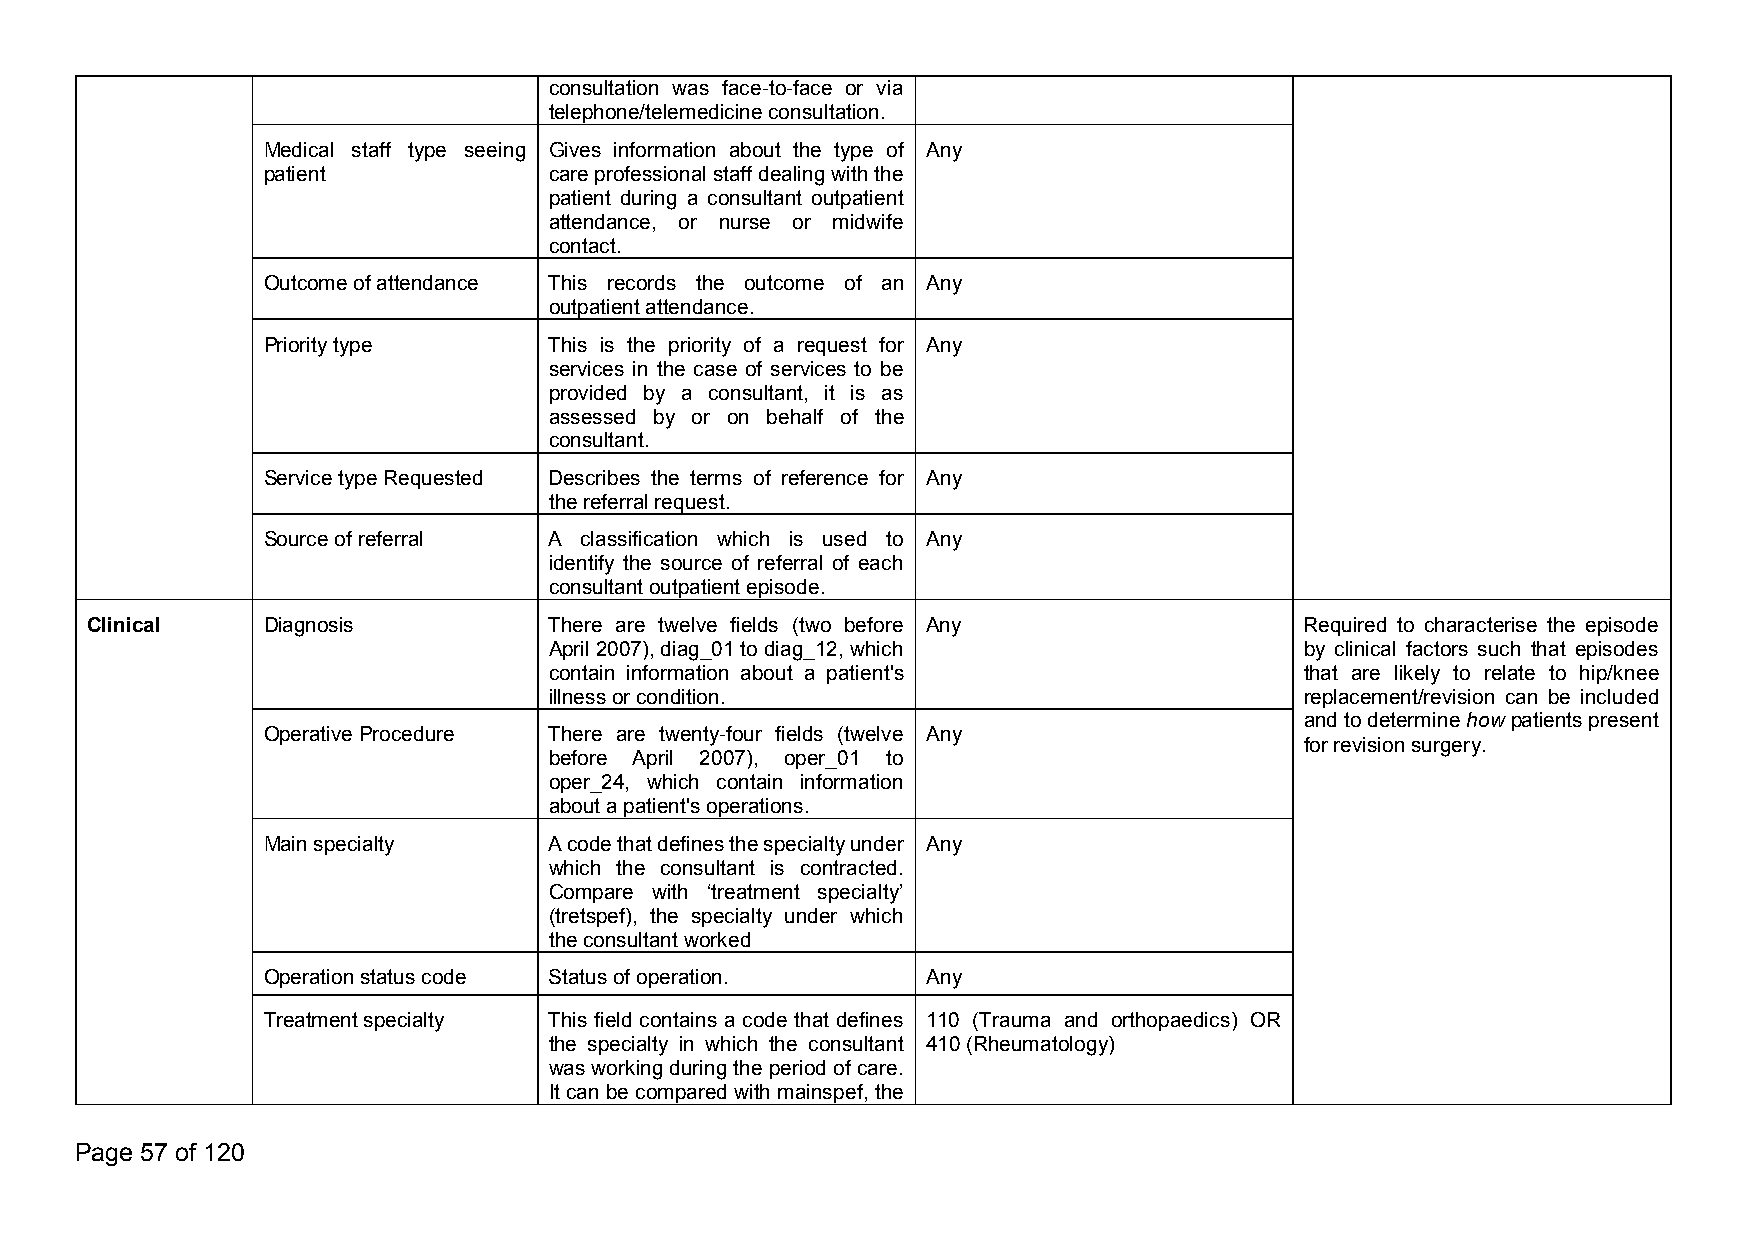
consultation was face-to-face or via
 telephone/telemedicineconsultation.
 Medical staff type seeing Gives information about the type of Any
 patient            careprofessionalstaffdealingwiththe
 patient during a consultant outpatient
 attendance, or nurse or midwife
 contact.
 Outcomeofattendance This records the outcome of an Any
 outpatientattendance.
 Prioritytype       This is the priority of a request for Any
 services in the case of services to be
 provided by a consultant, it is as
 assessed by or on behalf of the
 consultant.
 ServicetypeRequested Describes the terms of reference for Any
 thereferralrequest.
 Sourceofreferral   A classification which is used to Any
 identify the source of referral of each
 consultantoutpatientepisode.
 Clinical   Diagnosis          There are twelve fields (two before Any           Required to characterise the episode
 April2007),diag_01todiag_12,which                 by clinical factors such that episodes
 contain information about a patient's             that are likely to relate to hip/knee
 illnessorcondition.                               replacement/revision can be included
 andtodeterminehowpatientspresent
 OperativeProcedure There are twenty-four fields (twelve Any
 forrevisionsurgery.
 before April 2007), oper_01 to
 oper_24, which contain information
 aboutapatient'soperations.
 Mainspecialty      Acodethatdefinesthespecialtyunder Any
 which the consultant is contracted.
 Compare with ‘treatment specialty’
 (tretspef), the specialty under which
 theconsultantworked
 Operationstatuscode Statusofoperation.      Any
 Treatmentspecialty This field contains a code that defines 110 (Trauma and orthopaedics) OR
 the specialty in which the consultant 410(Rheumatology)
 was workingduringtheperiodof care.
 Itcanbe comparedwithmainspef,the
 Page 57 of 120